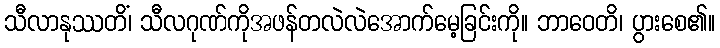
သီလာနုဿတိံ၊ သီလဂုဏ်ကိုအဖန်တလဲလဲအောက်မေ့ခြင်းကို။ ဘာဝေတိ၊ ပွားစေ၏။